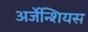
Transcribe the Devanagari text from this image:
अर्जेन्शियस